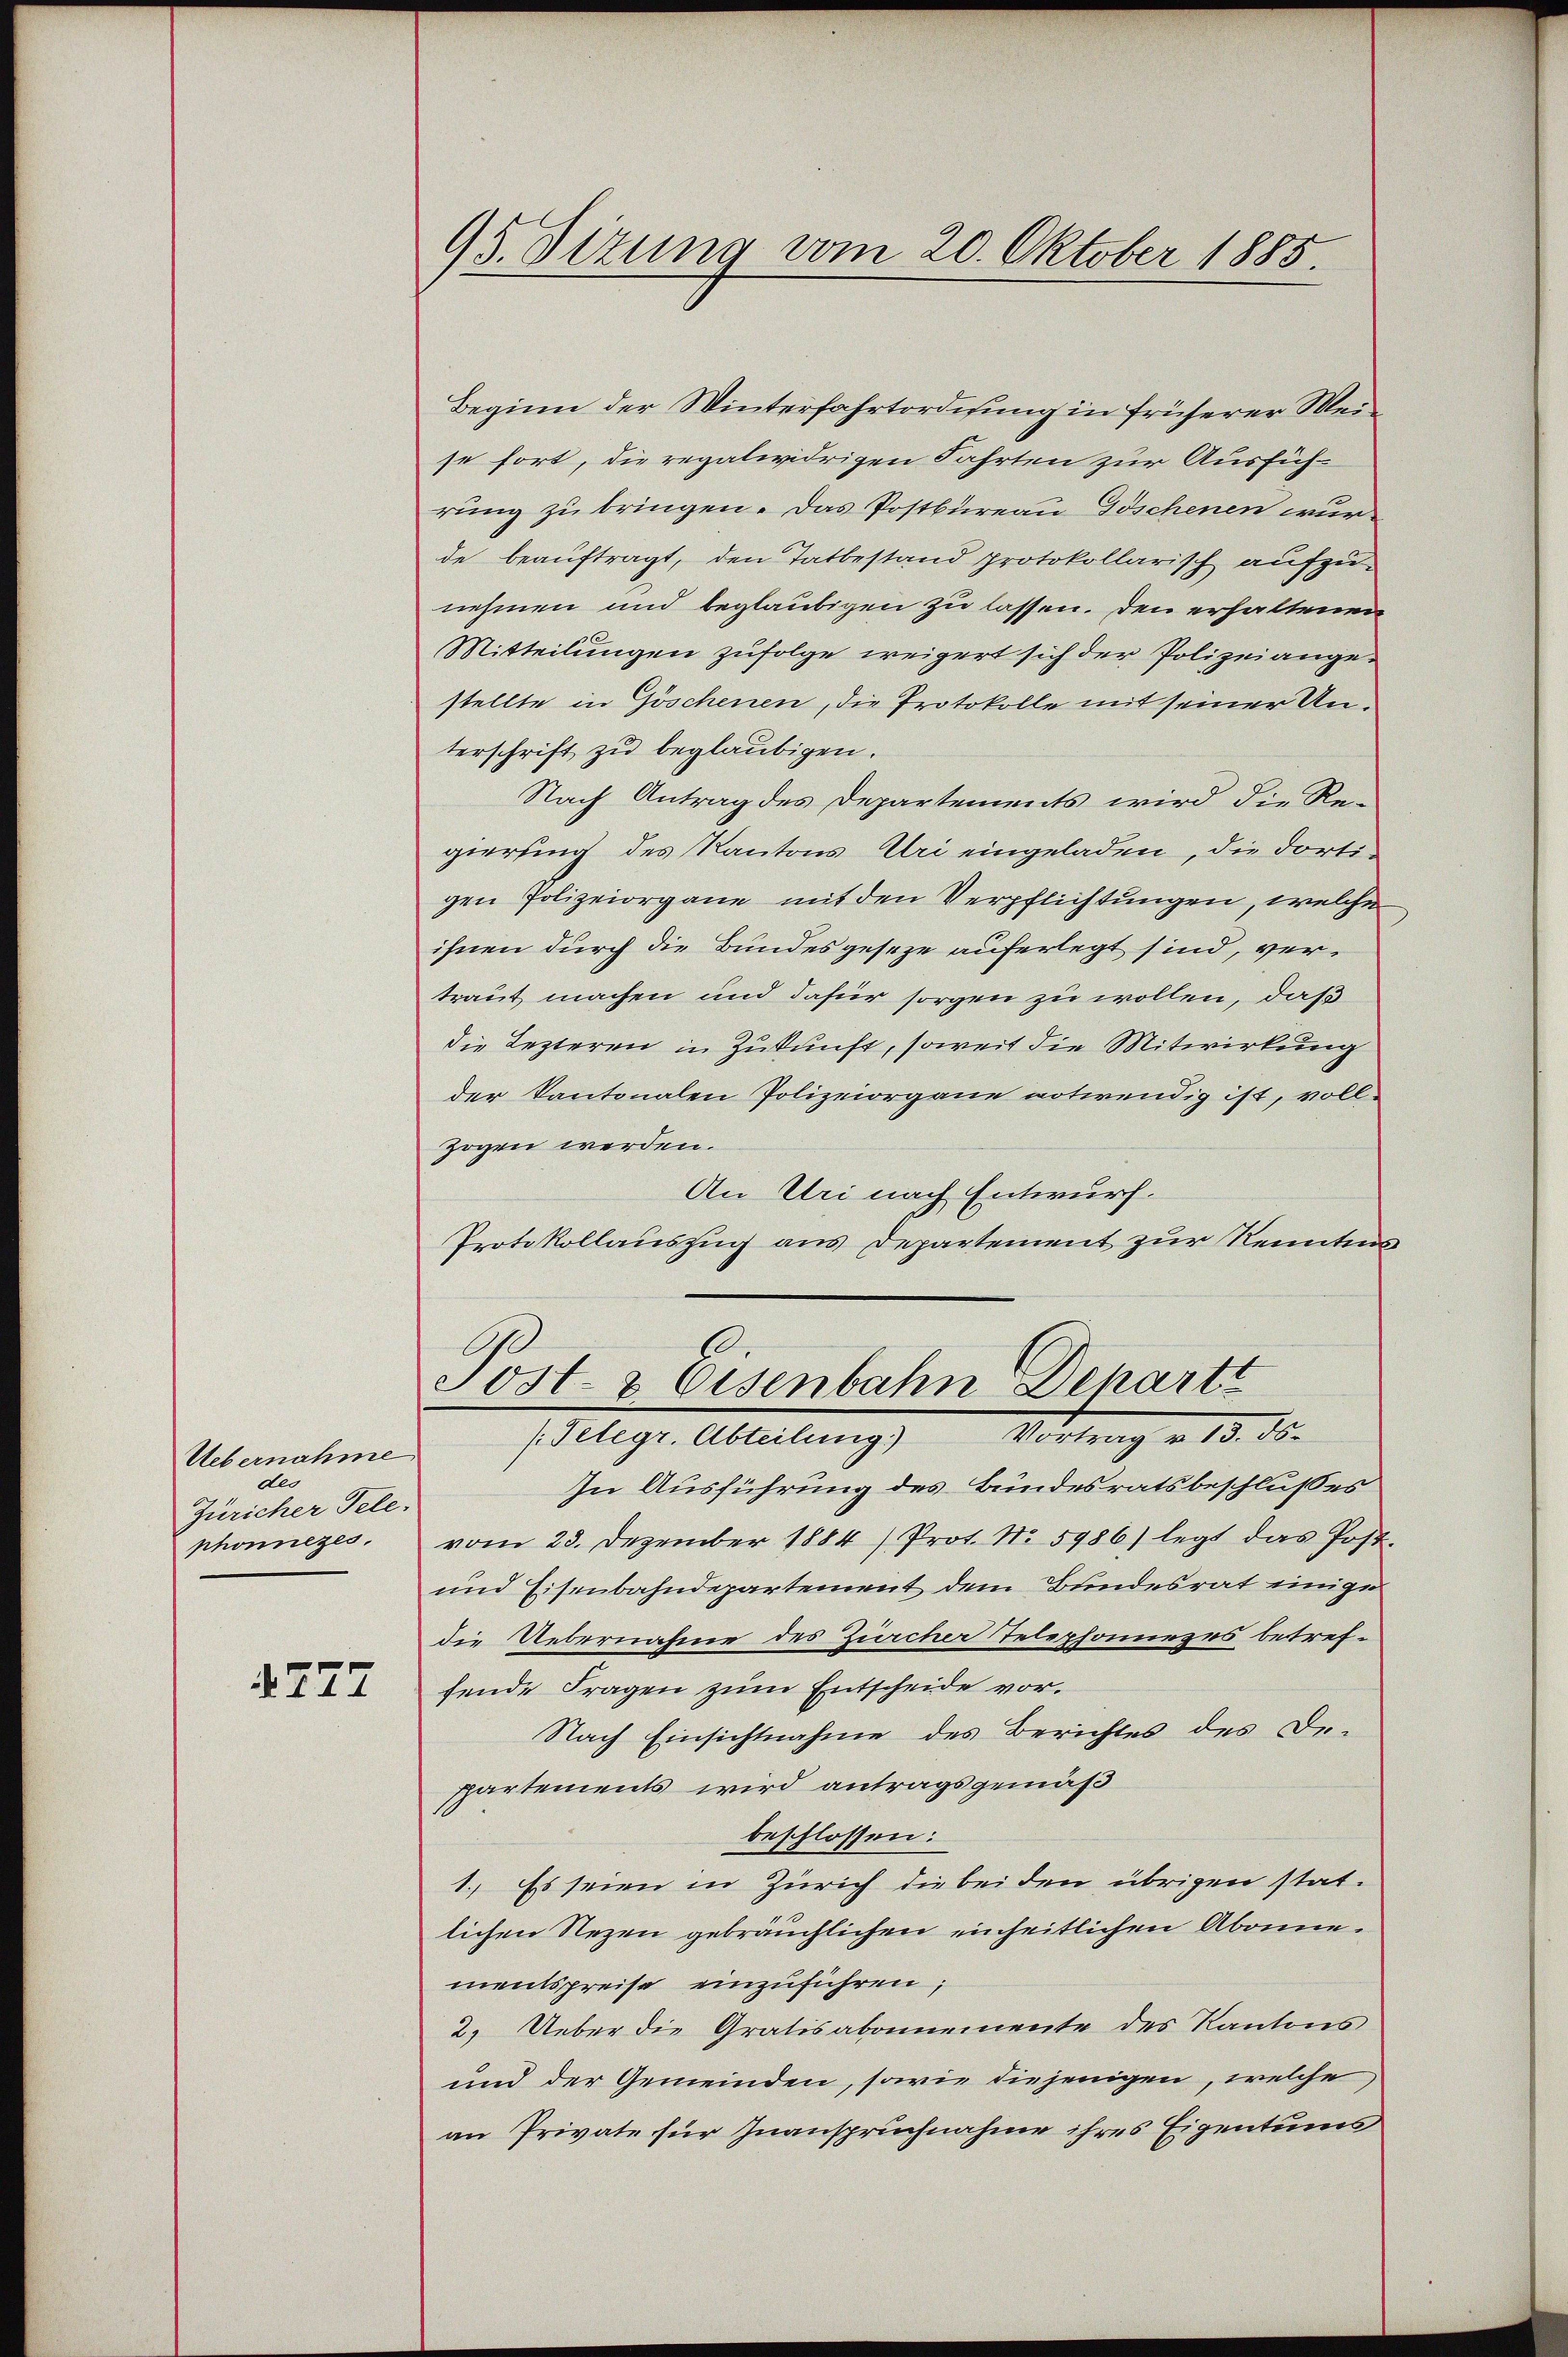
Uebernahme
deo
Züricher Tele.
phonnezes.

4777

95. Sizung vom 20. Oktober 1885.

Beginn der Winterfahrtordisung in früherer Weise fort, die regalwidrigen Fahrten zur Ausfüh-
rung zu bringen. Das Postbureau Tischenen wur
de beauftragt, den Tatbestand protokollarisch aufzunehmen und beglaubigen zu lassen. Den erhaltenen
Mitteilungen zufolge weigert sich der Polizeiangestellte in Göschenen, die Protokolle mit seiner Unterschrift zu beglaubigen.
Nach Antrag des Departements wird die Re-
gierung des Kantons Uri eingeladen, die dortigen Polizeiorgane mit den Verpflichtungen, welche
ihnen durch die Bundesgeseze auferlegt sind, vertraut machen und dafür sorgen zu wollen, daß
die Lezteren in Zukunft, soweit die Mitwirkung
der Kantonalen Polizeiorgane notwendig ist, vollzogen werden.
An Uri nach Entwurf.
Protokollauszug aus Departement zur Kenntnis
Post- & Eisenbahn Departi
Vortrag v. 13. ds.
/Telegr. Abteilung)
In Ausführung des Bundesratsbeschlußes
vom 23. Dezember 1884 /Prot. No 5986) legt das Post.
und Eisenbahndepartement dem Bundesrat einige
die Uebernahme des Zürcher Telephoniezes betreffende Fragen zum Entscheide vor.
Nach Einsichtnahme des Berichtes des Deppartements wird antragsgemäß
beschlossen:
1. Es seien in Zürich die bei den übrigen stat-
lichen Rezen gebräuchlichen einheitlichen Abonne.
mentspreise einzuführen,
2. Ueber die Gratisabonnemente des Kantons
und der Gemeinden, sowie diejenigen, welche
an Private für Inanspruchnahme ihres Eigentums